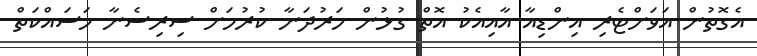
އެގޮތުން އަވަށްޓެރި އިންޑިއާ އާއިއެކު އޮތް ގުޅުން ހަރުދަނާ ކުރުމަށް ސިރިސެނާ މަސައްކަތް